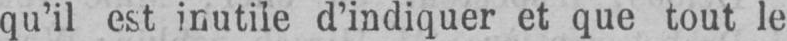
qu’il est inutile d’indiquer et que tout le